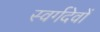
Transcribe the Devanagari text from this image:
स्वर्गदेवों